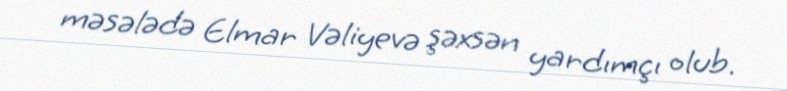
məsələdə Elmar Vəliyevə şəxsən yardımçı olub.